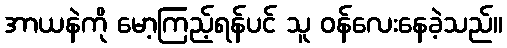
အာယနဲကို မော့ကြည့်ရန်ပင် သူ ဝန်လေးနေခဲ့သည်။